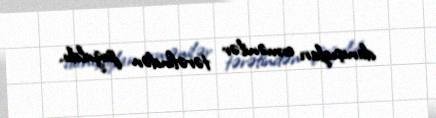
danışıqları ermənilər tərəfindən pozuldu.